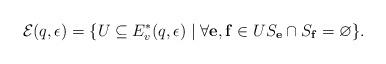
LaTeX: \begin{align*}\mathcal{E}(q,\epsilon)=\{U\subseteq E^{*}_{v}(q,\epsilon)\mid \forall \mathbf{e},\mathbf{f}\in US_\mathbf{e}\cap S_\mathbf{f}=\varnothing\}.\end{align*}